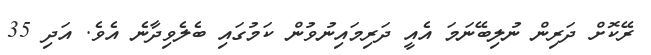
ރޭކޮށް ދަރިން ނުލިބޭނަމަ އެއީ ދަރިމައިނުވުން ކަމުގައި ބެލެވިދާނެ އެވެ. އަދި 35